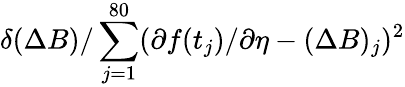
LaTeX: \delta(\Delta B)/\sum_{j=1}^{80}(\partial f(t_{j})/\partial\eta-(\Delta B)_{j})^{2}